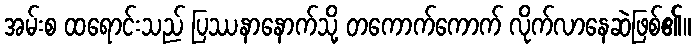
အမ်းစ ထရောင်းသည် ပြဿနာနောက်သို့ တကောက်ကောက် လိုက်လာနေဆဲဖြစ်၏။